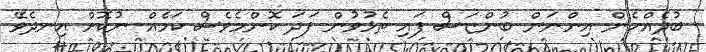
ބުދެއްހެން އިންނަން ބުންޏަސް ފައި ތެޅުވުން ފަދަ ކޮންމެވެސް ކަމެއް ނުކޮށް އިނދެވޭ